Vaccination Hyderabad 1872-1889 - 1872-1889
Year: 1872
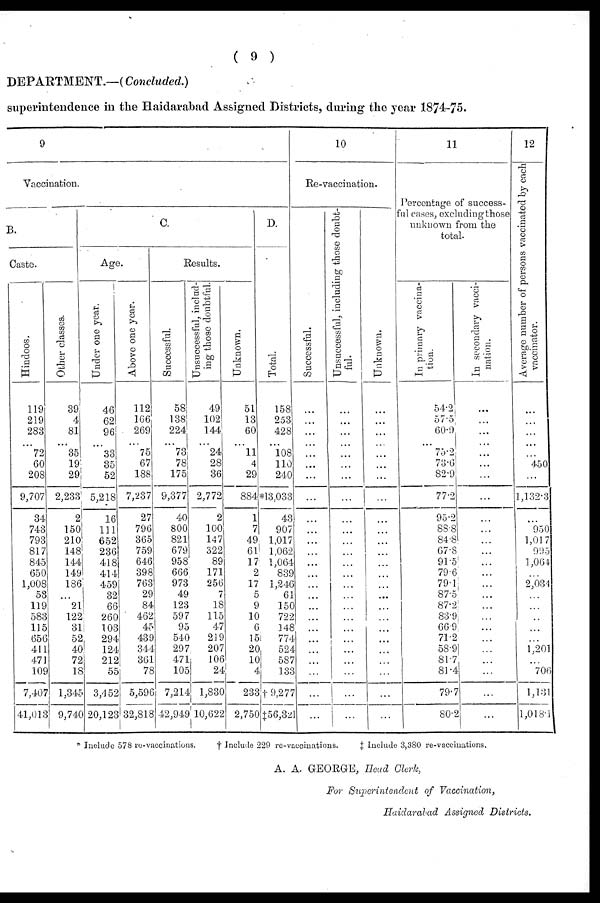
( 9 )
DEPARTMENT.—(Concluded.)
superintendence in the Haidarabad Assigned Districts, during the year 1874-75.
9
Vaccination.
B.
Caste.
Hindoos.
119
219
283
...
72
60
208
9,707
34
743
793
817
845
650
1,008
53
119
583
115
656
411
471
109
7,407
41,013
Other classes.
39
4
81
...
35
19
29
2,233
2
150
210
148
144
149
186
...
21
122
31
52
40
72
16
1,345
9,740
C.
Age.
Under one year.
46
62
96
...
33
35
52
5,218
16
111
652
236
418
414
459
32
66
260
103
294
124
212
55
3,452
20,123
Above one year.
112
166
269
...
75
67
188
7,237
27
796
365
759
646
398
763
29
84
462
45
439
344
361
78
5,596
32,818
Results.
Successful.
58
138
224
...
73
78
175
9,377
40
800
821
679
958
666
973
49
123
597
95
540
297
471
105
7,214
42,949
Unsuccessful, includ-
ing those doubtful.
49
102
144
...
24
28
36
2,772
2
100
147
322
89
171
256
7
18
115
47
219
207
106
24
1,830
10,622
Unknown.
51
13
60
...
11
4
29
884
1
7
49
61
17
2
17
5
9
10
6
15
20
10
4
233
2,750
D.
Total.
158
253
428
...
108
110
240
*13,033
43
907
1,017
1,062
1,064
839
1,246
61
150
722
148
774
524
587
133
† 9,277
‡56,821
10
Re-vaccination.
Successful.
...
...
...
...
...
...
...
...
...
...
...
...
...
...
...
...
...
...
...
...
...
...
...
...
...
Unsuccessful, including those doubt-
ful.
...
...
...
...
...
...
...
...
...
...
...
...
...
...
...
...
...
...
...
...
...
...
...
...
...
Unknown.
...
...
...
...
...
...
...
...
...
...
...
...
...
...
...
...
...
...
...
...
...
...
...
...
...
11
Percentage of success-
ful cases, excluding those
unknown from the
total.
In primary vaccina-
tion.
54.2
57.5
60.9
...
75.2
73.6
82.9
77.2
95.2
88.8
84.8
67.8
91.5
79.6
79.1
87.5
87.2
83.9
66.9
71.2
58.9
81.7
81.4
79.7
80.2
In secondary vacci-
nation.
...
...
...
...
...
...
...
...
...
...
...
...
...
...
...
...
...
...
...
...
...
...
...
...
...
12
Average number of persons vaccinated by each
vaccinator.
....
...
...
...
...
450
...
1,132.3
....
950
1,017
995
1,064
...
2,034
...
...
...
...
...
1,201
...
706
1,131
1,018.1
* Include 578 re-vaccinations.
† Include 229 re-vaccinations.
‡ Include 3,380 re-vaccinations.
A. A. GEORGE, Head Clerk,
For Superintendent of Vaccination,
Haidarabad Assigned Districts.